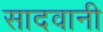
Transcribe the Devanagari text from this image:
सादवानी